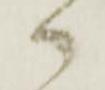
御